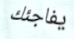
يفاجئك